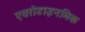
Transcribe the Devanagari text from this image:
एयरोडाइनमिक